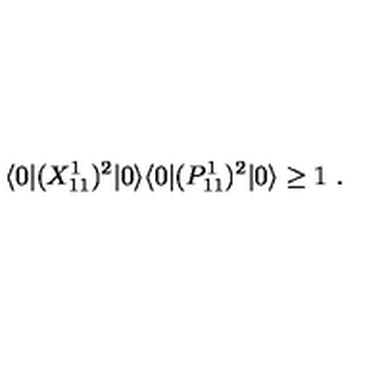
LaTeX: \langle 0 | ( X _ { 1 1 } ^ { 1 } ) ^ { 2 } | 0 \rangle \langle 0 | ( P _ { 1 1 } ^ { 1 } ) ^ { 2 } | 0 \rangle \geq 1 \ .